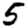
Digit: 5